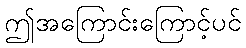
ဤအကြောင်းကြောင့်ပင်